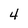
Character: 4